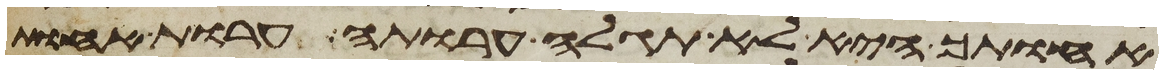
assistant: אחותך היא לא תגלה ערותה ערות אחות